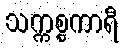
သက္ကစ္စကာရီ